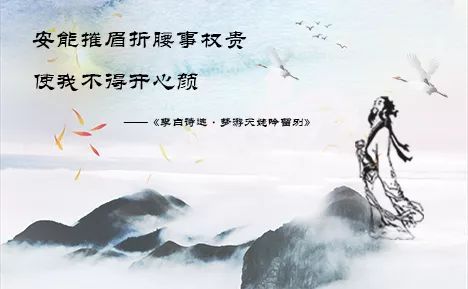
安能摧眉折腰事权贵，使我不得开心颜！